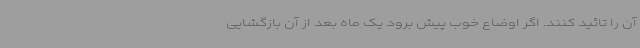
آن را تائید کنند. اگر اوضاع خوب پیش برود یک ماه بعد از آن بازگشایی